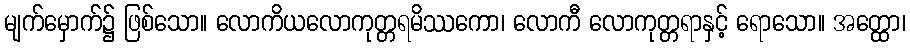
မျက်မှောက်၌ ဖြစ်သော။ လောကိယလောကုတ္တရမိဿကော၊ လောကီ လောကုတ္တရာနှင့် ရောသော။ အတ္ထော၊